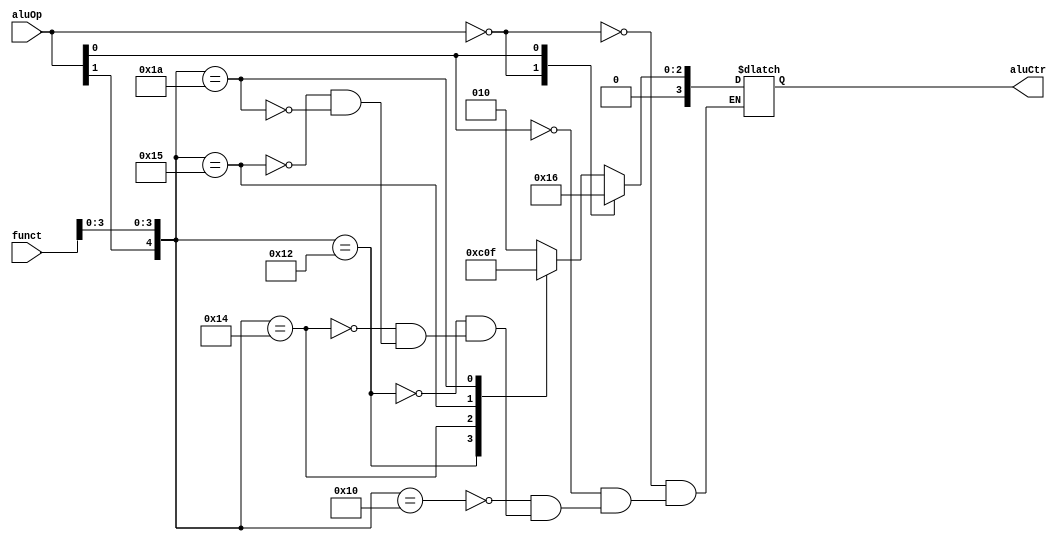
`timescale 1ns / 1ps
//////////////////////////////////////////////////////////////////////////////////
// Company: 
// Engineer: 
// 
// Design Name: 
// Module Name:    aluCtr 
// Project Name: 
// Target Devices: 
// Tool versions: 
// Description: 
//
// Dependencies: 
//
// Revision: 
// Revision 0.01 - File Created
// Additional Comments: 
//
//////////////////////////////////////////////////////////////////////////////////
module aluCtr(aluOp, funct, aluCtr);
    input [1:0] aluOp;
    input [5:0] funct;
    output [3:0] aluCtr;

    reg [3:0] aluCtr;
	 
	 always @ (aluOp or funct)
	 casex ({aluOp, funct})
	     8'b00xxxxxx: aluCtr = 4'b0010;
		  8'bx1xxxxxx: aluCtr = 4'b0110;
		  8'b1xxx0000: aluCtr = 4'b0010;
		  8'b1xxx0010: aluCtr = 4'b0110;
		  8'b1xxx0100: aluCtr = 4'b0000;
		  8'b1xxx0101: aluCtr = 4'b0001;
		  8'b1xxx1010: aluCtr = 4'b0111;
	 endcase

endmodule